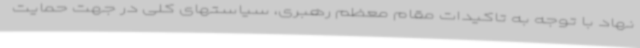
نهاد با توجه به تاکیدات مقام معظم رهبری، سیاستهای کلی در جهت حمایت